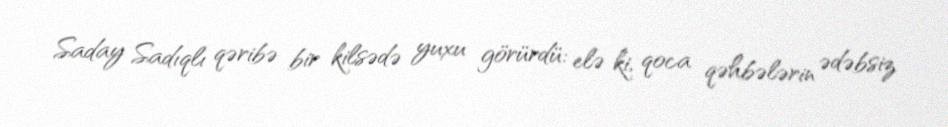
Saday Sadıqlı qəribə bir kilsədə yuxu görürdü: elə ki, qoca qəhbələrin ədəbsiz